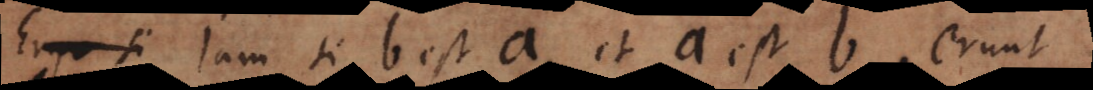
. Jam si b est a, et a est b, erunt